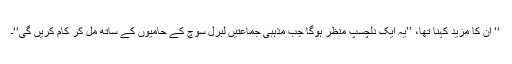
‘‘ ان کا مزید کہنا تھا، ’’یہ ایک دلچسپ منظر ہوگا جب مذہبی جماعتیں لبرل سوچ کے حامیوں کے ساتھ مل کر کام کریں گی‘‘۔